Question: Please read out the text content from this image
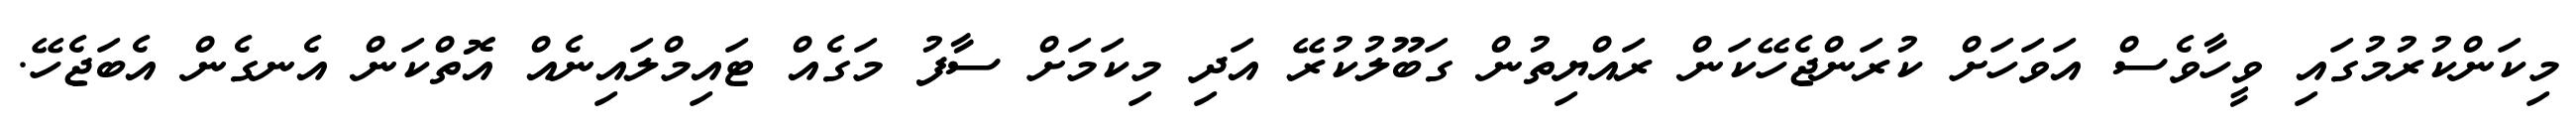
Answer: މިކަންކުރުމުގައި ވީހާވެސް އަވަހަށް ކުރަންޖެހޭކަން ރައްޔިތުން ގަބޫލުކުރޭ އަދި މިކަމަށް ސާފު މަގެއް ޓައިމްލައިނެއް އޮތްކަން އެނގެން އެބަޖެހޭ.